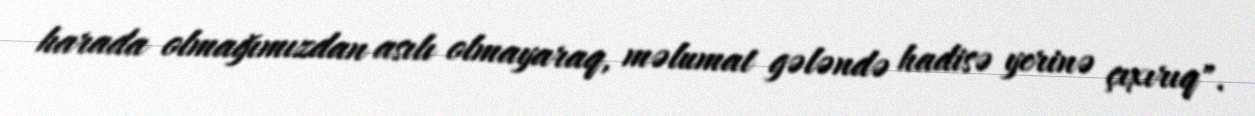
harada olmağımızdan asılı olmayaraq, məlumat gələndə hadisə yerinə çıxırıq".